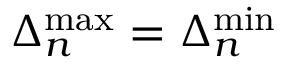
\Delta _ { n } ^ { \mathrm { m a x } } = \Delta _ { n } ^ { \mathrm { m i n } }